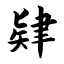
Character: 肄